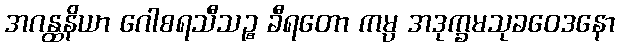
အဂန္ထနိယာ ဂေါစရသီသဉ္စ ခီရတော ကမ္ပ အဒုက္ခမသုခဝေဒနော